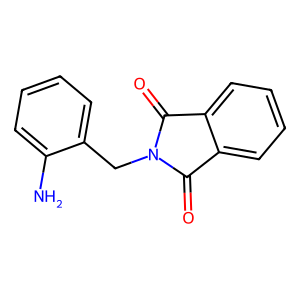
SMILES: Nc1ccccc1CN1C(=O)c2ccccc2C1=O
Inhibits HIV replication: No